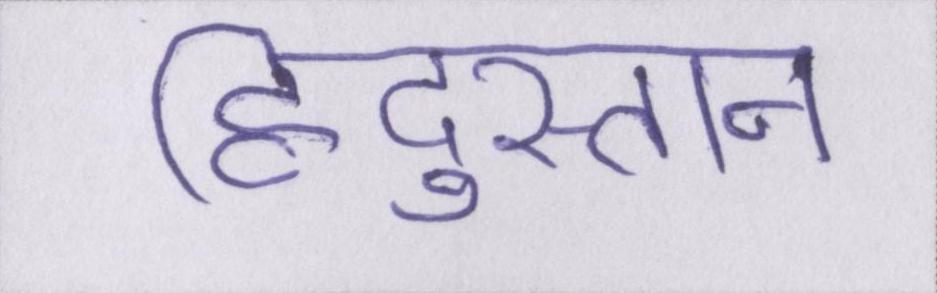
हिंदुस्तान